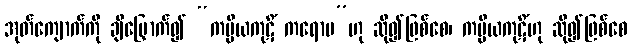
အုတ်ကျောက်ကို ချီမြှောက်၍ “ကပ္ပိယကုဋိံ ကရောမ”ဟု ဆို၍ဖြစ်စေ၊ ကပ္ပိယကုဋိံဟု ဆို၍ဖြစ်စေ